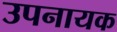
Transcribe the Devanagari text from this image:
उपनायक